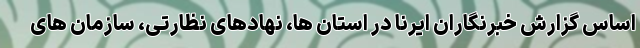
اساس گزارش خبرنگاران ایرنا در استان ها، نهادهای نظارتی، سازمان های